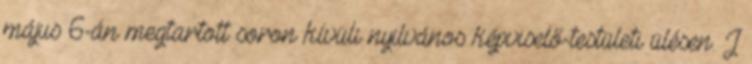
május 6-án megtartott soron kívüli nyilvános képviselő-testületi ülésen. J